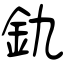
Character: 釚